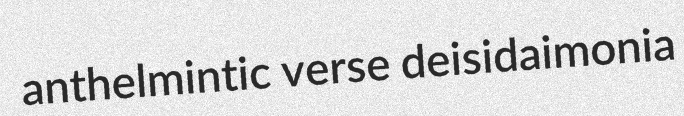
anthelmintic verse deisidaimonia